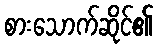
စားသောက်ဆိုင်၏